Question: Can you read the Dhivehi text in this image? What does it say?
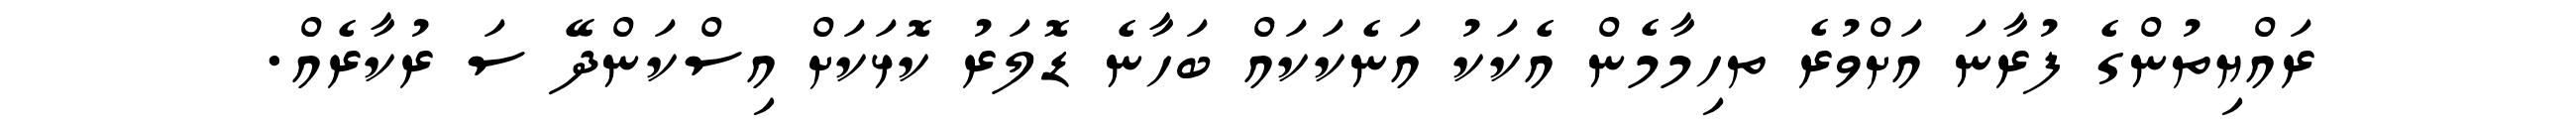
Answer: ރައްޔިތުންގެ ފުރާނަ އަށްވުރެ ތހިމާމެން އެކަކު އަނެކަކައް ބަހާނެ ޑޮލަރު ކޮޅަކަށް އިސްކަންދޭ ސަ ރުކާރެއް.